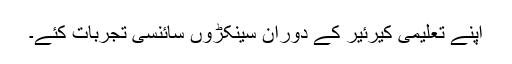
اپنے تعلیمی کیرئیر کے دوران سینکڑوں سائنسی تجربات کئے۔